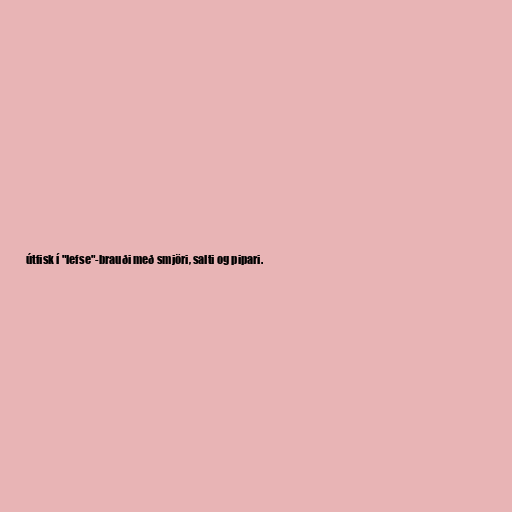
útfisk í "lefse"-brauði með smjöri, salti og pipari.